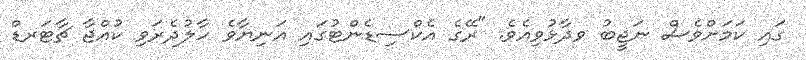
ގައި ކަމަށްވެސް ނަޖީބު ވދާޅުވިއެވެ. "ރޭގެ އެކްސިޑެންޓުގައި އަނިޔާވެ ހާލުދެރަވި ކުއްޖާ ޗާޓަރޑް